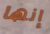
إنها